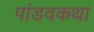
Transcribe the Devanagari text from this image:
पांडवकथा